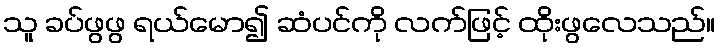
သူ ခပ်ဖွဖွ ရယ်မော၍ ဆံပင်ကို လက်ဖြင့် ထိုးဖွလေသည်။